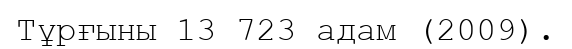
Тұрғыны 13 723 адам (2009).